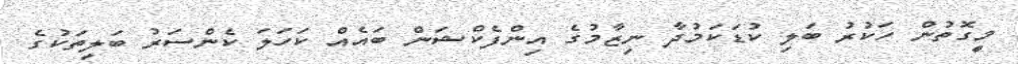
މީގޮތުން ހަކުރު ބަލި ކުޑަކަމުދާ ނިޒާމުގެ އިންފެކްޝަން ބައެއް ކަހަލަ ކެންސަރު ބަލިތަކުގެ